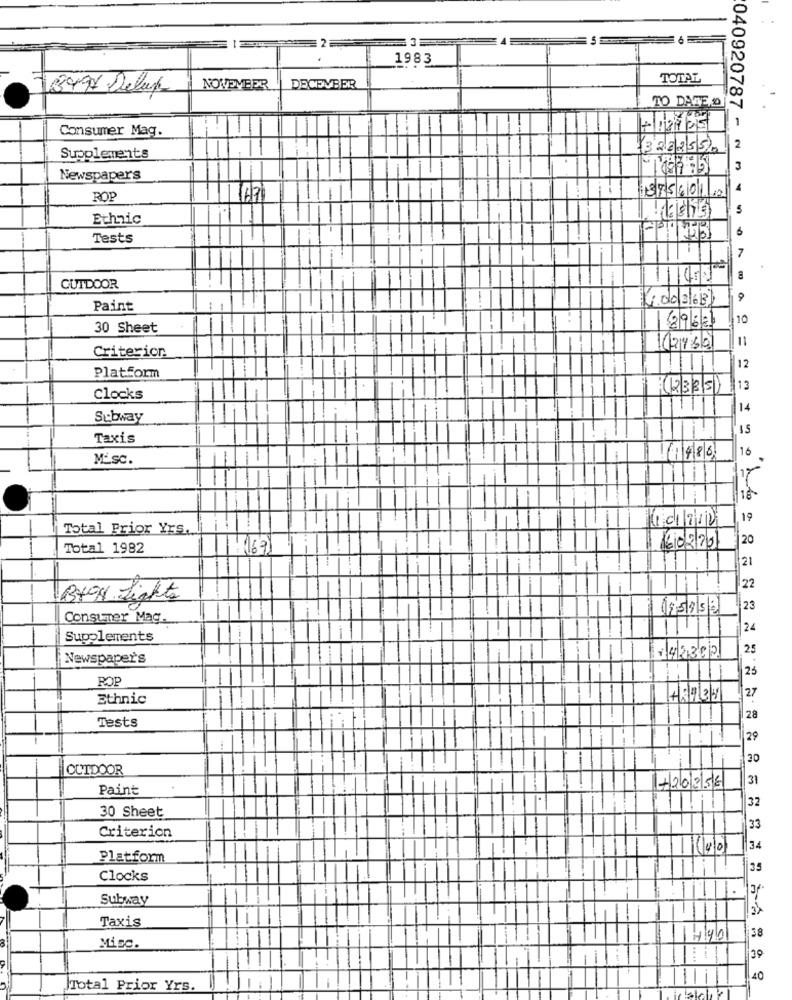
1983
TOTAL
1399 Delux
NOVEMBER
DECEMBER
TO DATE,0
Consumer Mag.
040920787 -
3222550
2
Supplements
Newspapers
88560122
ROP
Ethnic
Tests
7
CUTDOOR
1.00/3168]
9
Paint
29/6/1
10
30 Sheet
11
Criterion
102482
12
Platform
(233/5)
13
Clocks
14
Subway
Taxis
16
Misc.
488)
101212
19
Total Prior Yrs.
20
Total 1982
1167
1602/201
21
22
18704. Lights
115953
23
Consumer Mag.
24
Supplements
25
Newspaper's
142302
-
25
ROP
27
Ethnic
28
Tests
29
30
OUTDOOR
31
Paint
+20256
32
30 Sheet
33
Criterion
34
Platform
35
Clocks
Subway
Taxis
38
MisC.
39
40
Total Prior Yrs.